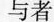
与者